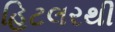
હિટલરથી